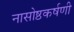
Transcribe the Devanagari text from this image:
नासोष्ठकर्षणी